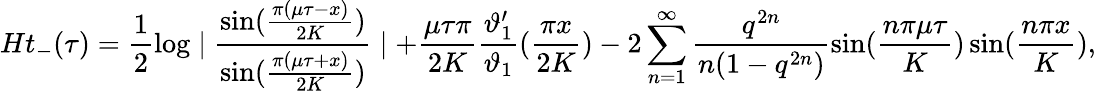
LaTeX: Ht_{-}(\tau)=\frac{1}{2}\log\mid\frac{\sin(\frac{\pi(\mu\tau-x)}{2K})}{\sin(\frac{\pi(\mu\tau+x)}{2K})}\mid+\frac{\mu\tau\pi}{2K}\frac{\vartheta_{1}^{\prime}}{\vartheta_{1}}(\frac{\pi x}{2K})-2\sum_{n=1}^{\infty}\frac{q^{2n}}{n(1-q^{2n})}\sin(\frac{n\pi\mu\tau}{K})\sin(\frac{n\pi x}{K}),